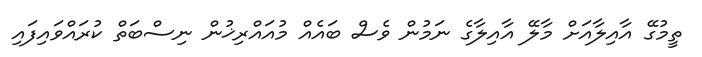
ތީމުގޭ އާއިލާއަށް މާލޭ އާއިލާގެ ނަމުން ވެސް ބައެއް މުއައްރިޚުން ނިސްބަތް ކުރައްވައިފައި